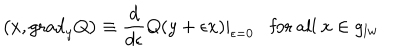
\left( x , \mathrm { g r a d } _ { y } Q \right) \equiv \frac { d } { d \epsilon } Q ( y + \epsilon x ) | _ { \epsilon = 0 } \mathrm { f o r ~ a l l ~ } x \in g _ { l w }